Sanitation, dispensaries and jails vaccination Rajputana 1922-1927 - 1922-1927
Year: 1922
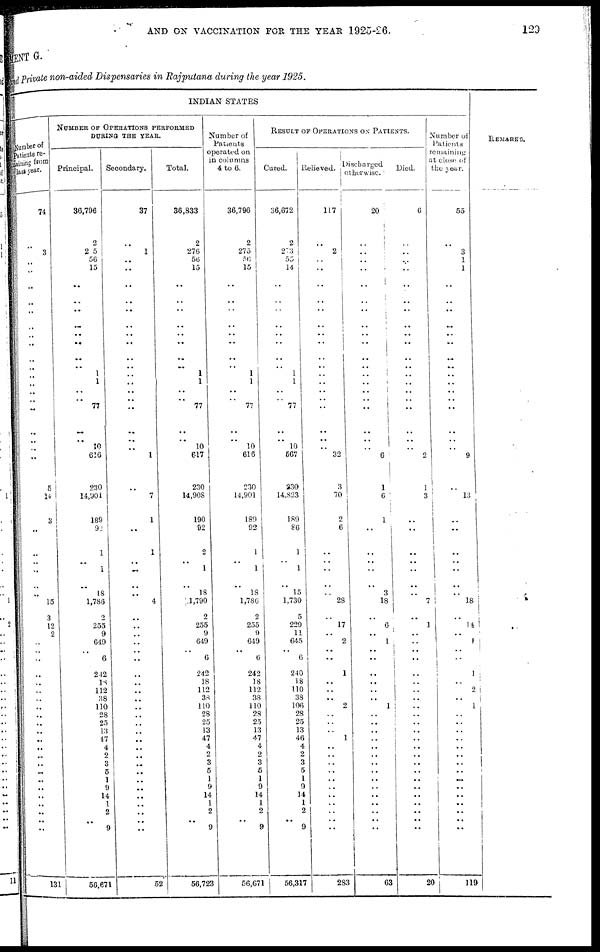
AND ON VACCINATION FOR THE YEAR 1925-26.
129
MENT G.
and Private non-aided Dispensaries in Rajputana during the year 1925.
INDIAN STATES
Number of
patients re-
maining from
last year.
74
..
3
..
..
..
..
..
..
..
..
..
..
..
..
..
.. ..
..
..
..
..
5
14
3
..
..
..
..
..
..
15
3
12
2
..
..
..
..
..
..
..
..
..
..
..
..
..
..
..
..
..
..
..
..
..
.. ..
131
NUMBER OF OPERATIONS PERFORMED
DURING THE YEAR.
Principal.
36,796
2
205
56
15
..
..
..
..
..
..
..
..
1
1
..
.. 77
..
.. 10
616
230
14,901
189
92
1
..
1
..
18
1,786
2
255
9
649
..
6
242
18
112
38
110
28
25
13
47
4
2
3
5
1
9
14
1
2
..
9
56,671
Secondary.
37
..
1
..
..
..
..
..
..
..
..
..
..
..
..
..
..
..
..
..
..
1
..
7
1
..
1
..
..
..
..
4
..
..
..
..
..
..
..
..
..
..
..
..
..
..
..
..
..
..
..
..
..
..
..
..
.. ..
52
Total.
36,833
2
276
56
15
..
..
..
..
..
..
..
..
1
1
..
.. 77
..
.. 10
617
230
14,908
190
92
2
..
1
..
18
1,790
2
255
9
649
..
6
242
18
112
38
110
28
25
13
47
4
2
3
5
1
9
14
1
2
..
9
56,723
Number of
Patients
operated on
in columns
4 to 6.
36,796
2
275
56
15
..
..
..
..
..
..
..
..
1
1
..
..
77
..
.. 10
616
230
14,901
189
92
1
..
1
..
18
1,786
2
255
9
649
..
6
242
18
112
38
110
28
25
13
47
4
2
3
5
1
9
14
1
2
..
9
56,671
RESULT OF OPERATIONS ON PATIENTS.
Cured.
36,672
2
273
55
14
..
..
..
..
..
..
..
..
1
1
..
..
77
..
.. 10
567
230
14,823
189
86
1
..
1
..
15
1,730
5
229
11
645
..
6
240
18
110
38
106
28
25
13
46
4
2
3
5
1
9
14
1
2
..
9
56,317
Relieved.
117
..
2
..
..
..
..
..
..
..
..
..
..
..
..
..
..
..
..
..
..
32
3
70
2
6
..
..
..
..
..
28
..
17
..
2
..
..
1
..
..
..
2
..
..
..
1
..
..
..
..
..
..
..
..
..
.. ..
283
Discharged
otherwise.
20
..
..
..
..
..
..
..
..
..
..
..
.. ..
..
..
..
..
..
..
..
6
1
6
1
..
..
..
..
..
3
18
..
6
..
1
..
..
..
..
..
..
1
..
..
..
..
..
..
..
..
..
..
..
..
..
.. ..
63
Died.
6
..
..
..
..
..
..
..
..
..
..
..
..
..
..
..
..
..
..
..
..
2
1
3
..
..
..
..
..
..
..
7
..
1
..
..
..
..
..
..
..
..
..
..
..
..
..
..
..
..
..
..
..
..
..
..
.. ..
20
Number of
Patients
remaining
at close of
the year.
55
..
3
1
1
..
..
..
..
..
..
..
..
..
..
..
..
..
..
..
..
9
..
13
..
..
..
..
..
..
..
18
..
14
..
1
..
..
1
..
2
..
1
..
..
..
..
..
..
..
..
..
..
..
..
..
..
..
119
REMARKS.